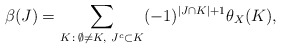
\begin{align*}\beta(J) = \sum_{K\, :\, \emptyset \not=K,\ J^c\subset K} (-1)^{|J\cap K|+1} \theta_X(K) ,\end{align*}